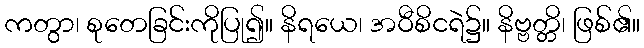
ကတွာ၊ စုတေခြင်းကိုပြု၍။ နိရယေ၊ အဝီစိငရဲ၌။ နိဗ္ဗတ္တိ၊ ဖြစ်၏။